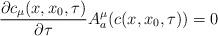
LaTeX: \begin{align*}\frac{\partial c_{\mu}(x, x_{0}, \tau)}{\partial \tau} A_{a}^{\mu}(c(x, x_{0}, \tau)) = 0\end{align*}